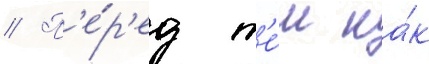
// П'е́р'ед т'е́м ка́к